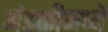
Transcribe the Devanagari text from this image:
मंडळीमध्यें